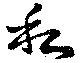
私